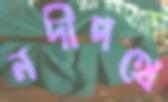
নদীপথে